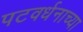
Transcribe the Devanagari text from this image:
पटवर्धनाच्या